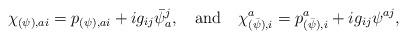
LaTeX: \begin{align*}\chi_{(\psi), ai} = p_{(\psi), ai} + ig_{ij}\bar \psi_a^j ,\quad \hbox{and}\quad \chi^a_{(\bar \psi), i} = p^a_{(\bar \psi), i} + ig_{ij} \psi^{aj} ,\end{align*}